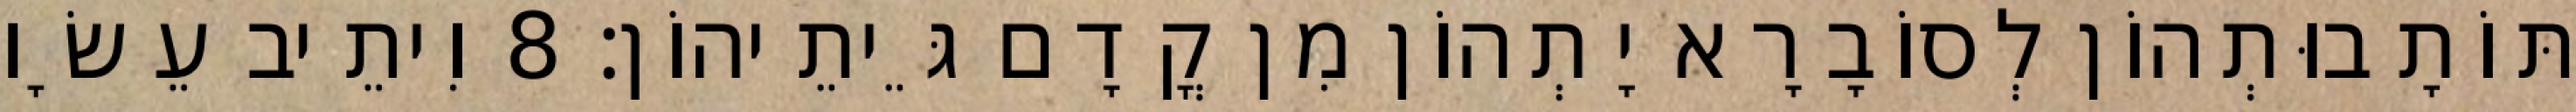
תּוֹתָבוּתְהוֹן לְסוֹבָרָא יָתְהוֹן מִן קֳדָם גֵּיתֵיהוֹן׃ 8 וִיתֵיב עֵשָׂו